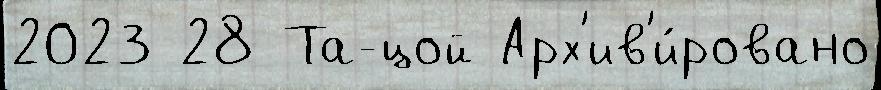
2023 28 Та-цой Арх'ив'и́ровано